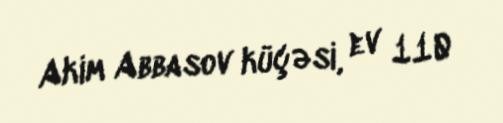
Akim Abbasov küçəsi, ev 110